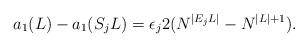
LaTeX: \begin{align*}a_1(L)-a_1(S_jL)=\epsilon_j 2(N^{|E_jL|}-N^{|L|+1}).\end{align*}